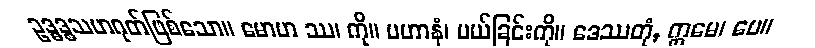
ဥဒ္ဓဒ္စသဟဂုတ်ဖြစ်သော။ မောဟ ဿ၊ ကို။ ပဟာနံ၊ ပယ်ခြင်းကို။ ဒေဿတုံ, ဣမေ၊ ပေ။